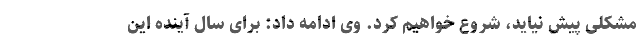
مشکلی پیش نیاید، شروع خواهیم کرد. وی ادامه داد: برای سال آینده این